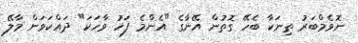
ނޮވެމްބަރު ތިނަކާ ބެހޭ ގޮތުން އޭނާގެ "އެންމެ ފަހު ވާހަކަ" ދައްކަވަން މާލޭ